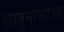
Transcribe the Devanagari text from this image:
व्हातुमामोआ